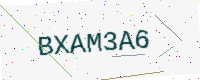
Text: BXAM3A6